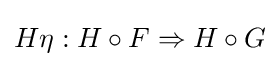
H\eta :H\circ F\Rightarrow H\circ G